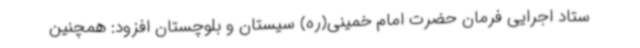
ستاد اجرایی فرمان حضرت امام خمینی(ره) سیستان و بلوچستان افزود: همچنین